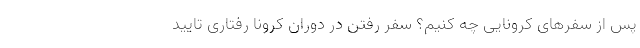
پس از سفرهای کرونایی چه کنیم؟ سفر رفتن در دوران کرونا رفتاری تایید